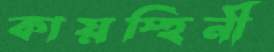
কায়স্হিনী